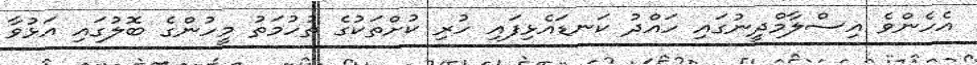
އެހެންވެ އިސްލާމްދީނުގައި ހައްދު ކަނޑައެޅިފައި ހުރި ކުށްތަކުގެ ތުހުމަތު މީހުންގެ ބޮލުގައި އަޅުވާ